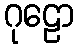
ဂုဠော